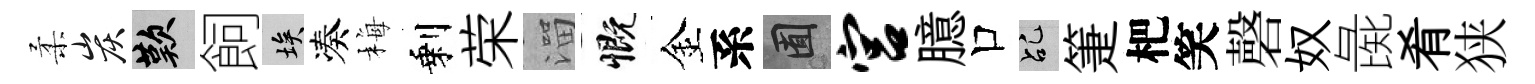
柔炭嘆飼埃凑梅剩荣溜慨金系囿宫臆口乩箑杷笑磬奴彘肴狭